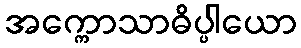
အက္ကောသာဓိပ္ပါယော